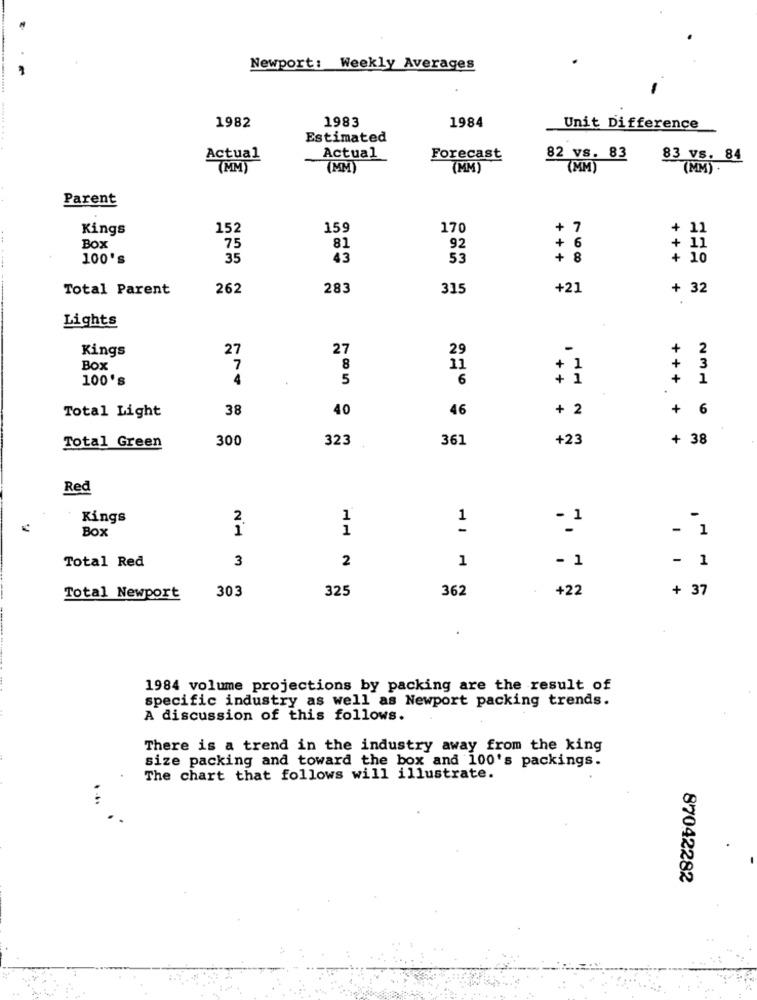
Newport: Weekly Averages
1983
1984
1982
Unit Difference
Estimated
Actual
Actual
Forecast
82 vs. 83
83 vs. 84
(MM)
(MM)
(MM)
(MM)
(MM).
Parent
Kings
152
159
170
+ 7
+ 11
+
Box
75
81
92
+ 11
100's
35
43
53
+ 8
+ 10
Total Parent
262
283
315
+21
+ 32
Lights
Kings
27
27
29
-
+
2
Box
7
8
11
+ 1
+
3
100's
4
5
6
+ 1
+
1
38
40
46
+ 2
+
6
Total Light
300
323
361
+23
+ 38
Total Green
Red
Kings
2
1
1
Box
1
-
- 1
- 1
Total Red
3
2
1
- 1
- 1
303
325
362
+22
+ 37
Total Newport
1984 volume projections by packing are the result of
specific industry as well as Newport packing trends.
A discussion of this follows.
There is a trend in the industry away from the king
size packing and toward the box and 100's packings.
The chart that follows will illustrate.
87042282